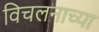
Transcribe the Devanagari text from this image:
विचलनाच्या